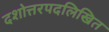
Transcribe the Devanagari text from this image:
दशोत्तरपदलिखित